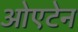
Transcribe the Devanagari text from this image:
ओएटेन